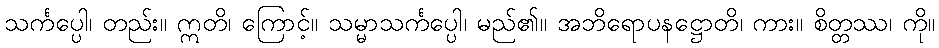
သင်္ကပ္ပေါ၊ တည်း။ ဣတိ၊ ကြောင့်။ သမ္မာသင်္ကပ္ပေါ၊ မည်၏။ အဘိရောပနဋ္ဌောတိ၊ ကား။ စိတ္တဿ၊ ကို။